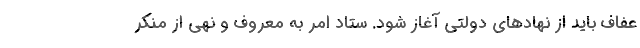
عفاف باید از نهادهای دولتی آغاز شود. ستاد امر به معروف و نهی از منکر